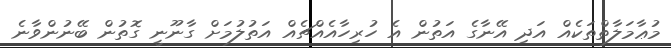
މުޢާމަލާތްތަކެއް އަދި އޭނާގެ އަތުން އެ ހުރިހާއެއްޗެއް އަތުލުމަށް ގާނޫނީ ގޮތުން ބޭނުންވާނެ